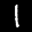
Label: 1